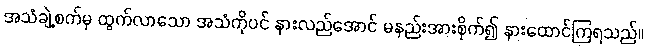
အသံချဲ့စက်မှ ထွက်လာသော အသံကိုပင် နားလည်အောင် မနည်းအားစိုက်၍ နားထောင်ကြရသည်။